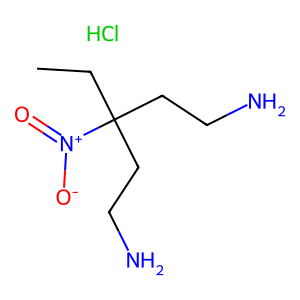
SMILES: CCC(CCN)(CCN)[N+](=O)[O-].Cl
Inhibits HIV replication: No